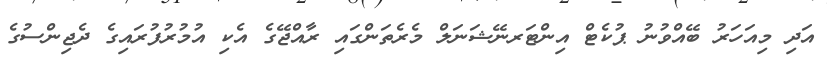
އަދި މިއަހަރު ބޭއްވުނު ޕުކެޓް އިންޓަރނޭޝަނަލް މެރެތަންގައި ރާއްޖޭގެ އެކި އުމުރުފުރައިގެ ދެޖިންސުގެ